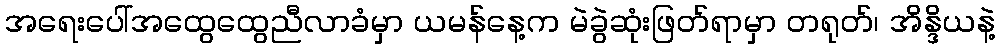
အရေးပေါ်အထွေထွေညီလာခံမှာ ယမန်နေ့က မဲခွဲဆုံးဖြတ်ရာမှာ တရုတ်၊ အိန္ဒိယနဲ့